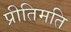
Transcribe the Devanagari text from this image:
प्रीतिमति